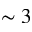
\sim 3